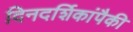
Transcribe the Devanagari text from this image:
दिनदर्शिकांपैकी